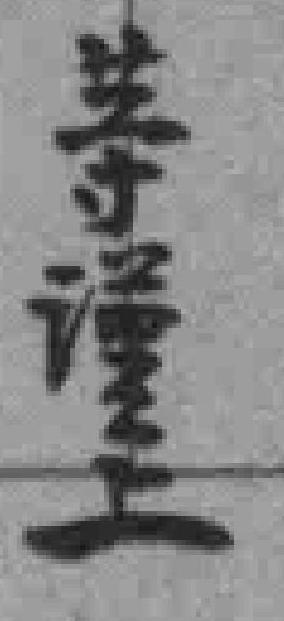
等谨上